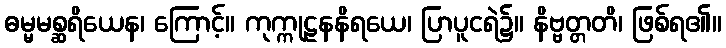
ဓမ္မမစ္ဆရိယေန၊ ကြောင့်။ ကုက္ကုဠနနိရယေ၊ ပြာပူငရဲ၌။ နိဗ္ဗတ္တတိ၊ ဖြစ်ရ၏။